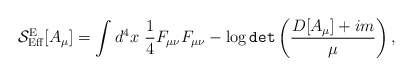
\begin{align*}{\cal S}^{\rm E}_{\rm Eff}[A_\mu ]=\int d^4 x\ \frac{1}{4}F_{\mu\nu} F_{\mu\nu}-\log {\tt det}\left(\frac{D[A_\mu ]+im}{\mu}\right),\end{align*}